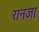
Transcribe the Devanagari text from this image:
रानजा